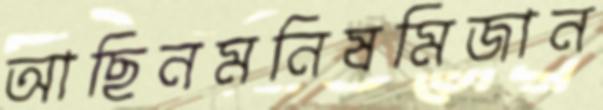
আছিনমনিষমিজান